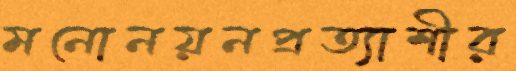
মনোনয়নপ্রত্যাশীর